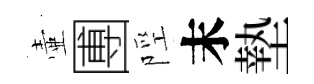
壷圑陘末墊